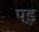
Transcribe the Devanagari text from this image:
पड़़